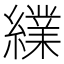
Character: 䌜